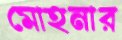
মোহনার